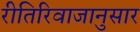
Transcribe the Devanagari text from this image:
रीतिरिवाजानुसार